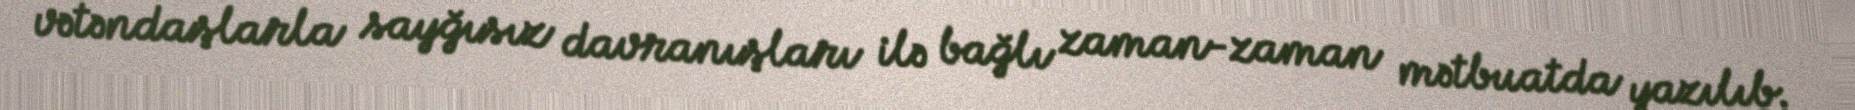
vətəndaşlarla sayğısız davranışları ilə bağlı zaman-zaman mətbuatda yazılıb.